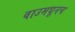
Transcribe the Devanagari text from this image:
वाउमधूनच